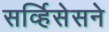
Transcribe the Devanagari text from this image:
सर्व्हिसेसने